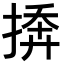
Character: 𪮓